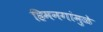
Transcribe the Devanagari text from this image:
हिमनगांमुळे